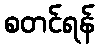
စတင်ရန်